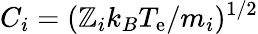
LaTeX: C_{i}=(\mathbb{Z}_{i}k_{B}T_{\mathrm{e}}/m_{i})^{1/2}